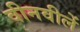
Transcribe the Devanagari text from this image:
वीनवीलें